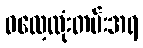
ဓလေ့ထုံးတမ်းအရ